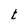
Character: t